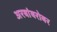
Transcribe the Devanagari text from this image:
अरबांबरोबर